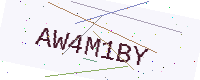
Text: AW4M1BY